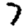
Digit: 7